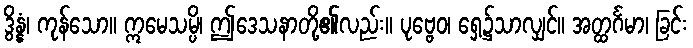
ဒွိန္နံ၊ ကုန်သော။ ဣမေသမ္ပိ၊ ဤဒေသနာတို့၏လည်း။ ပုဗ္ဗေဝ၊ ရှေ့၌သာလျှင်။ အတ္ထင်္ဂမာ၊ ခြင်း